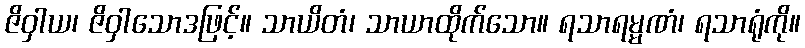
ဇိဝှါယ၊ ဇိဝှါသောဒဖြင့်။ သာယိတံ၊ သာယာထိုက်သော။ ရသာရမ္မဏံ၊ ရသာရုံကို။